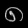
Digit: ၈